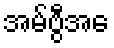
အမ်ဗွီအေ